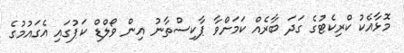
މޮޅާއެކު ކްރިކެޓުގެ ގަދަ ބާރެއް ކަމަށްވާ ޕާކިސްތާނު އިން ވޯލްޑް ކަޕުގައި އެގައުމުގެ